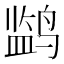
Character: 𬸡